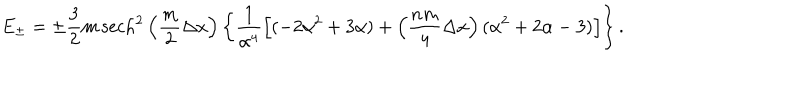
LaTeX: E _ { \pm } = \pm \frac { 3 } { 2 } m \, \mathrm { s e c h } ^ { 2 } \left( \frac { m } { 2 } \Delta x \right) \left\{ \frac { 1 } { \alpha ^ { 4 } } \left[ ( - 2 \alpha ^ { 2 } + 3 \alpha ) + \left( \frac { n m } { 4 } \Delta x \right) ( \alpha ^ { 2 } + 2 \alpha - 3 ) \right] \right\} .